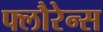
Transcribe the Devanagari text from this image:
फ्लौरेन्स